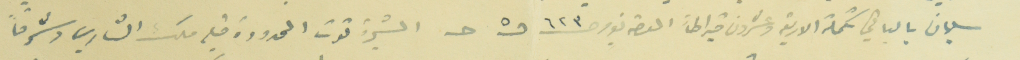
سليمان بالباقي تكملة الاربعة وعشرون قيراطاً العقد نومر حـ ٦٢٣ د٥ حـ المشجرة توت المحدودة قبله ملك الشاري وشرقاً